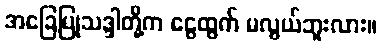
အခြေပြုသဒ္ဒါတို့က ငွေထွက် မလွယ်ဘူးလား။